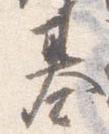
基